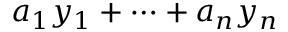
a _ { 1 } y _ { 1 } + \cdots + a _ { n } y _ { n }